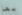
بها